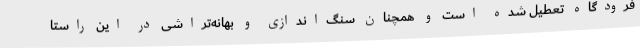
فرودگاه تعطیل شده است و همچنان سنگ‌اندازی و بهانه‌تراشی در این راستا